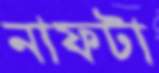
নাফটা